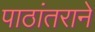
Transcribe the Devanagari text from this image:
पाठांतराने